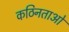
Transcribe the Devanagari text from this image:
कठिनताओं